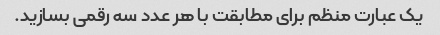
یک عبارت منظم برای مطابقت با هر عدد سه رقمی بسازید.